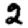
Digit: 2